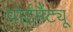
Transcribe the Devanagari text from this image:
पोर्टमैंट्यू